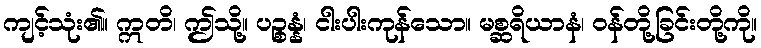
ကျင့်သုံး၏။ ဣတိ၊ ဤသို့။ ပဉ္စန္နံ၊ ငါးပါးကုန်သော။ မစ္ဆရိယာနံ၊ ဝန်တို့ခြင်းတို့ကို။